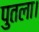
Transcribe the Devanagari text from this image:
पुतला।